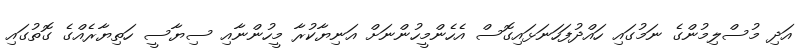
އަދި މުސްލިމުންގެ ނަމުގައި ހައްދުފަހަނަޅައިގޮސް އެހެންމީހުންނަށް އަނިޔާކުރާ މީހުންނާއި ސިޔާސީ ހަތިޔާރެއްގެ ގޮތުގައި